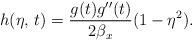
LaTeX: \begin{align*}h(\eta,\,t)=\dfrac{g(t)g''(t)}{2\beta_x}(1-\eta^2).\end{align*}